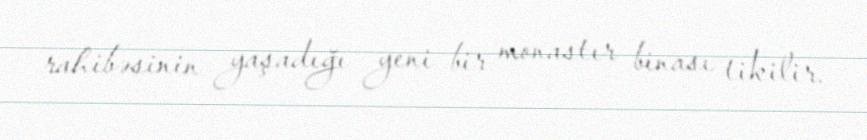
rahibəsinin yaşadığı yeni bir monastır binası tikilir.